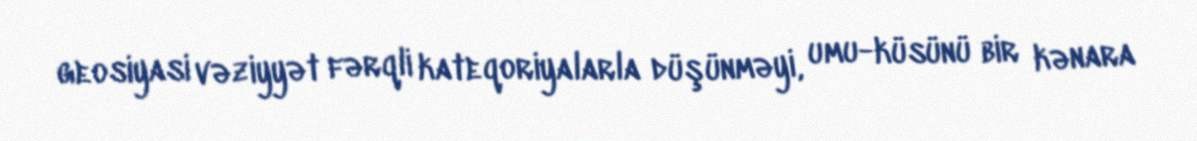
geosiyasi vəziyyət fərqli kateqoriyalarla düşünməyi, umu-küsünü bir kənara